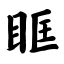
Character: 眶